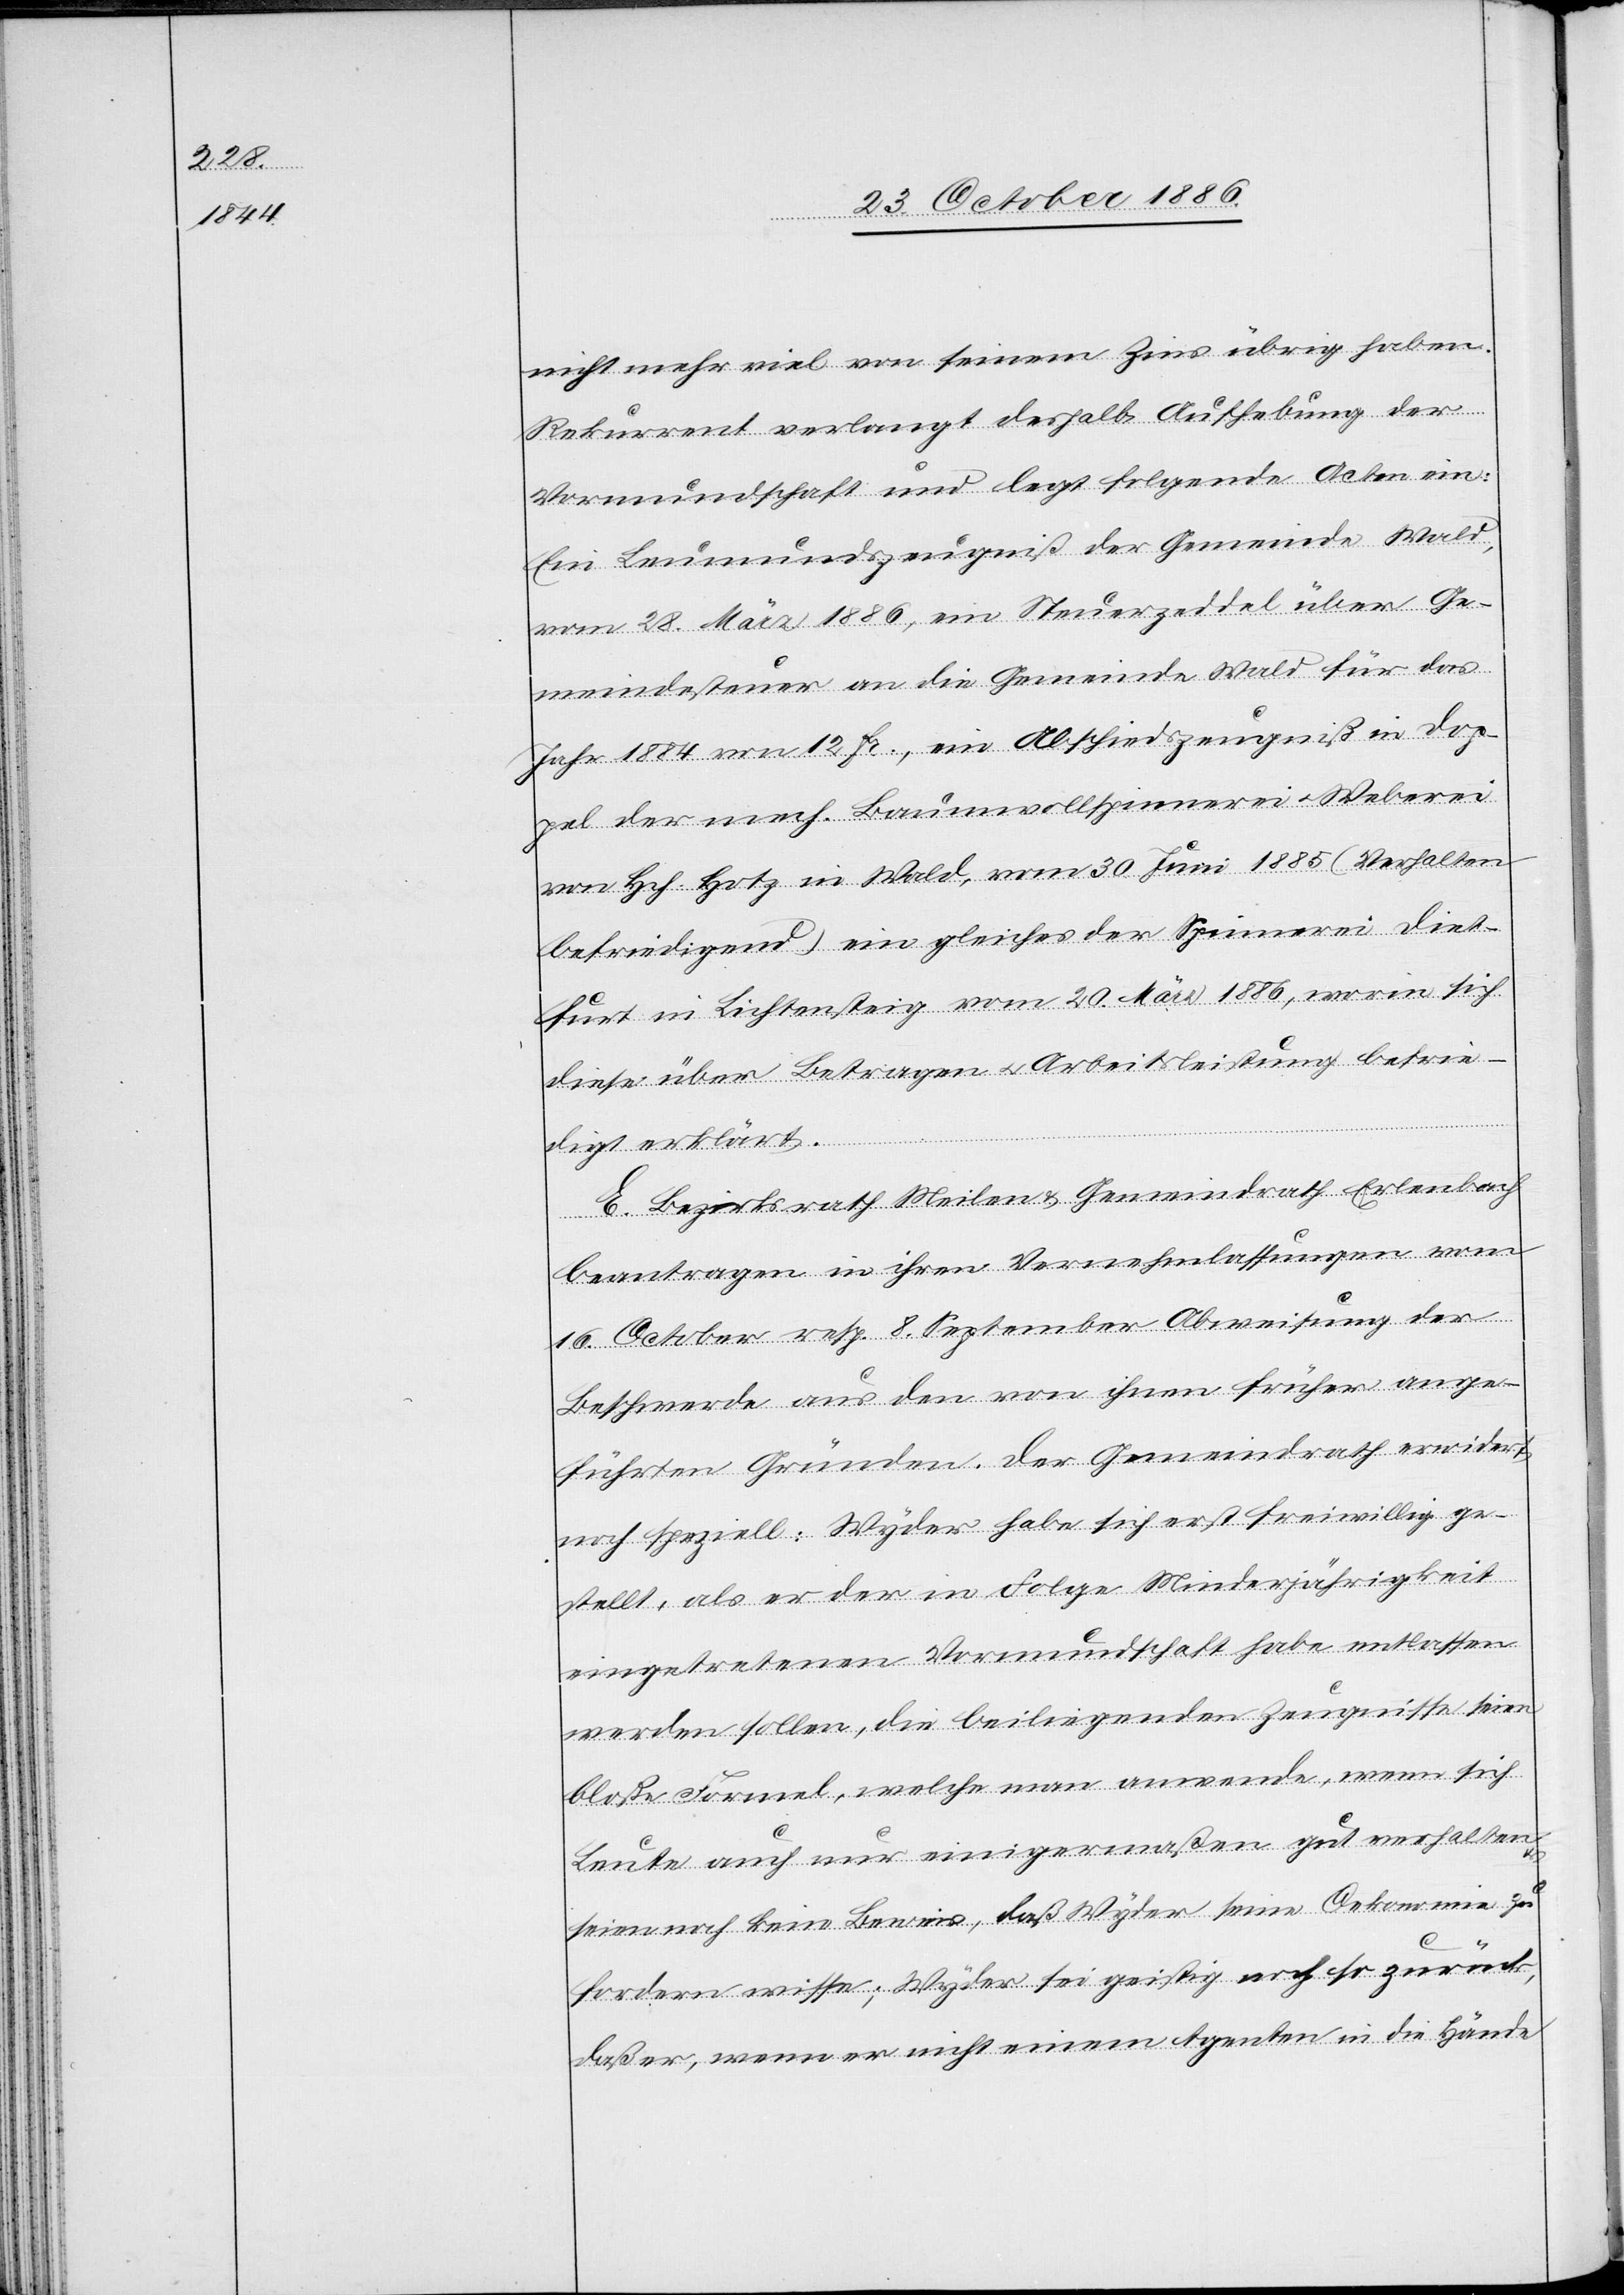
nicht mehr viel von seinem Zins übrig haben.
Rekurrent verlangt deshalb Aufhebung der
Vormundschaft und legt folgende Acten ein:
Ein Leumundszeugniß der Gemeinde Wald,
vom 28. März 1886, ein Steuerzeddel über Ge¬
meindesteuer an die Gemeinde Wald für das
Jahr 1884 von 12 Fr., ein Abschiedszeugniß in Dop¬
pel der mech. Baumwollspinnerei & Weberei
von Hch. Hotz in Wald, vom 30. Juni 1885 (Verhalten
befriedigend) ein gleiches der Spinnerei Diet¬
furt in Lichtensteig vom 20. März 1886, worin sich
diese über Betragen & Arbeitsleistung befrie¬
digt erklärt.
E. Bezirksrath Meilen & Gemeindrath Erlenbach
beantragen in ihren Vernehmlassungen vom
16. October resp. 8. September Abweisung der
Beschwerde aus den von ihnen früher ange¬
führten Gründen. Der Gemeindrath erwidert
noch speziell: Wyder habe sich erst freiwillig ge¬
stellt, als er der in Folge Minderjährigkeit
eingetretenen Vormundschaft habe entlassen
werden sollen, die beiliegenden Zeugnisse seien
bloße Formel, welche man anwende, wenn sich
Leute auch nur einigermaßen gut verhalten
seien noch kein Beweis, daß Wyder seine Oekonomie zu
fordern [sic!] wisse; Wyder sei geistig noch so zurück,
daß er, wenn er nicht einem Agenten in die Hände